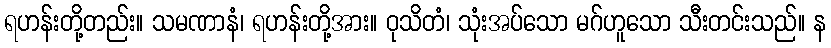
ရဟန်းတို့တည်း။ သမဏာနံ၊ ရဟန်းတို့အား။ ဝုသိတံ၊ သုံးအပ်သော မဂ်ဟူသော သီးတင်းသည်။ န